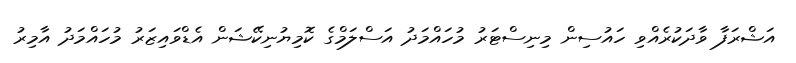
އަޝްރަފާ ވާދަކުރެއްވި ހައުސިން މިނިސްޓަރު މުހައްމަދު އަސްލަމްގެ ކޮމިޔުނިކޭޝަން އެޑްވައިޒަރު މުހައްމަދު އާމިރު